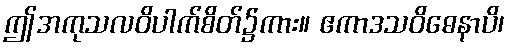
ဤအကုသလဝိပါက်စိတ်၌ကား။ ဧကာဒသဝိဓေနာပိ၊